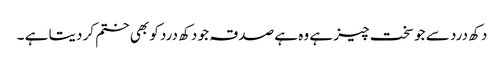
دکھ درد سے جو سخت چیز ہے وہ ہے صدقہ جو دکھ درد کو بھی ختم کر دیتا ہے ۔